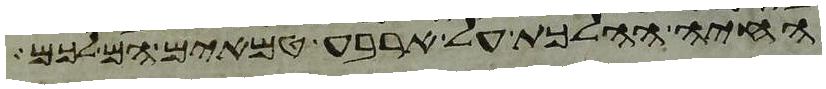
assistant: החיה ההלכת על ארבע טמאים הם לכם